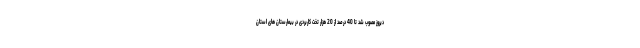
دیروز مصوب شد تا 40 درصد از 20 هزار تخت کاربردی در بیمارستان های استان